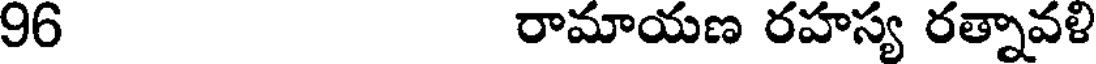
96 రామాయణ రహస్య రత్నావళి